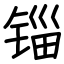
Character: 锱